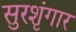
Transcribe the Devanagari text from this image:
सुरशृंगार